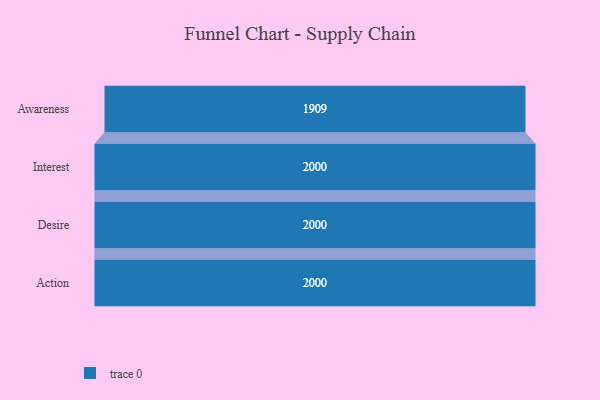
{"axis": {"x": "Stage", "y": "Value"}, "legend": [""], "data": [{"x": "Awareness", "y": 1909.0, "type": ""}, {"x": "Interest", "y": 2000, "type": ""}, {"x": "Desire", "y": 2000, "type": ""}, {"x": "Action", "y": 2000, "type": ""}]}